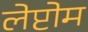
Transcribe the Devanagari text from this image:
लेप्टोम